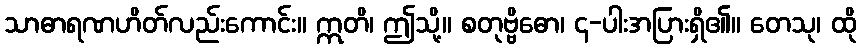
သာဓာရဏဟိတ်လည်းကောင်း။ ဣတိ၊ ဤသို့။ စတုဗ္ဗိဓော၊ ၄-ပါးအပြားရှိ၏။ တေသု၊ ထို